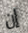
إن